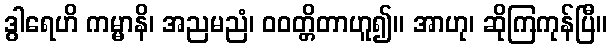
ဒွါရေဟိ ကမ္မာနိ၊ အညမညံ၊ ဝဝတ္တိတာဟူ၍။ အာဟု၊ ဆိုကြကုန်ပြီ။